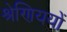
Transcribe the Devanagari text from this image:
श्रेणिययों